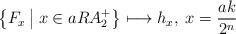
LaTeX: \begin{align*}\left\{ F_{x}\:\big|\: x\in aRA_{2}^{+}\right\} \longmapsto h_{x},\; x=\frac{ak}{2^{n}}\end{align*}